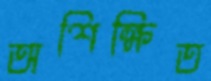
অশিক্ষিত